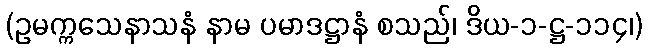
(ဥမက္ကသေနာသနံ နာမ ပမာဒဋ္ဌာနံ စသည်၊ ဒိယ-၁-ဋ္ဌ-၁၁၄၊)